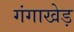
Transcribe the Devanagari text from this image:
गंगाखेड़